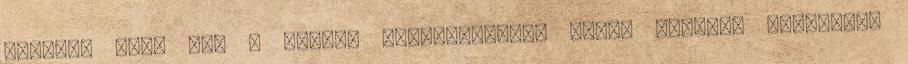
célunk, hogy azt a piacot konzerváljuk. Tüttő István: Táblákkal